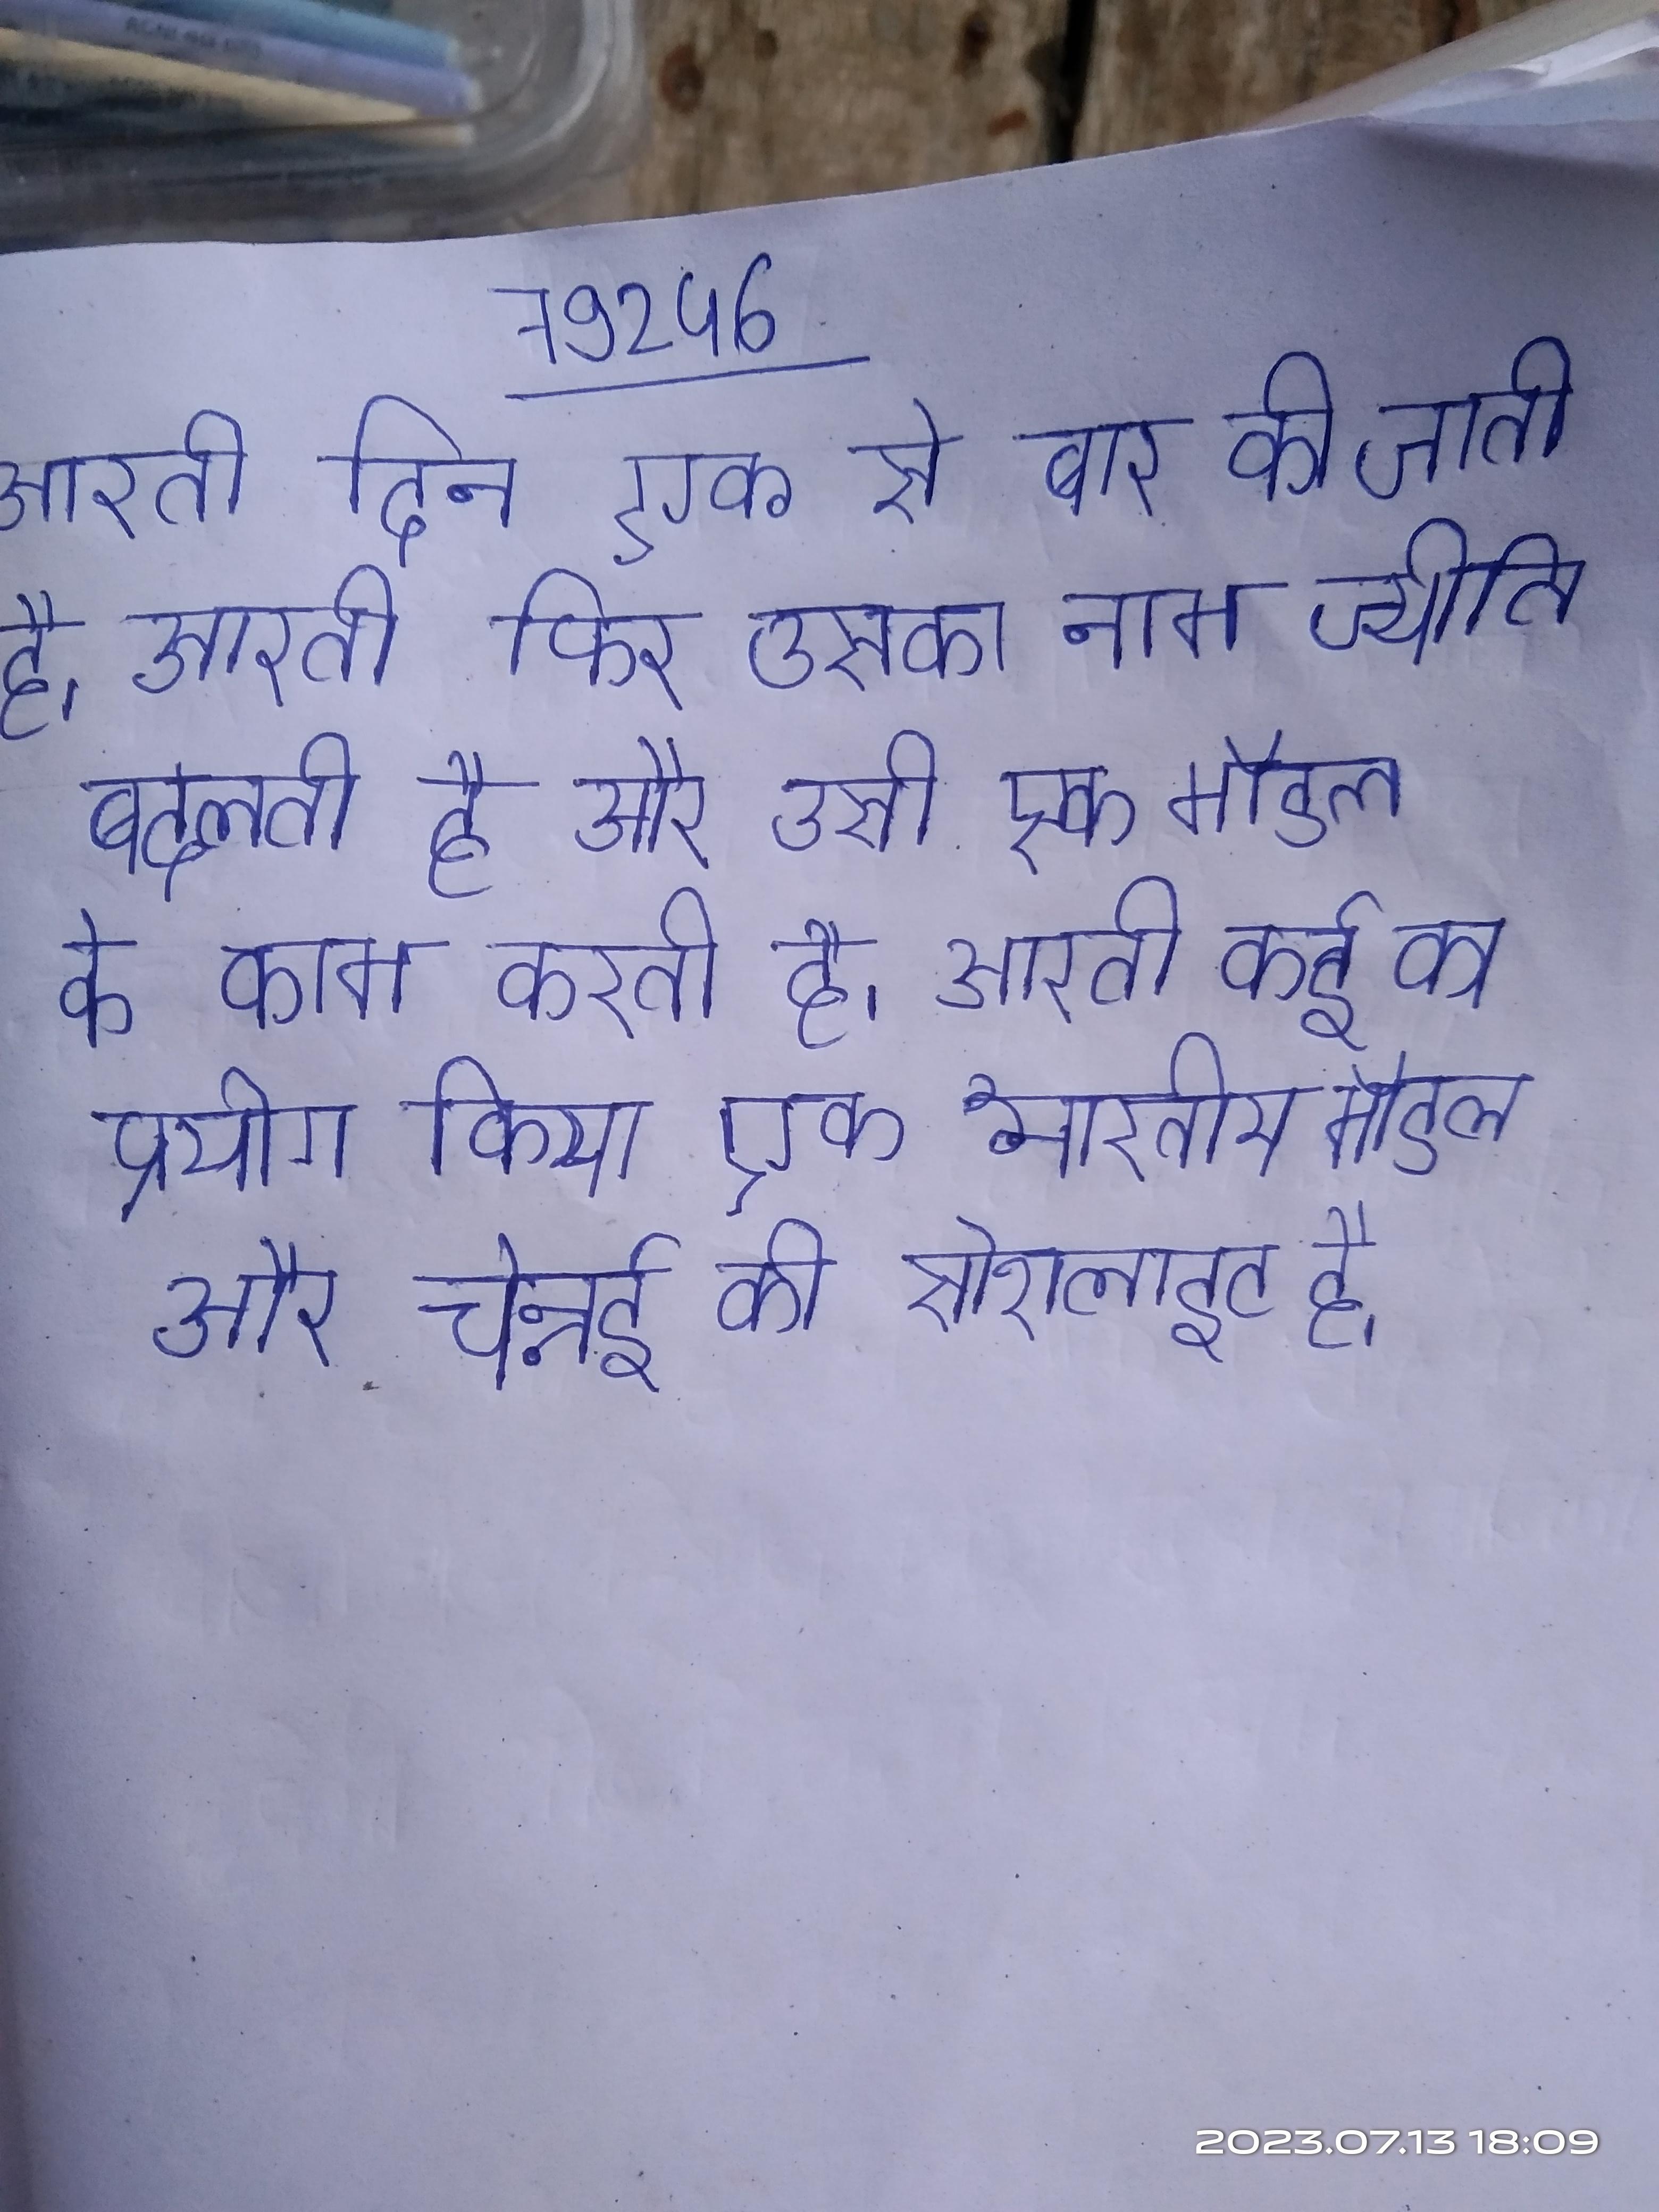
आरती दिन एक से बार की जाती है । आरती फिर उसका नाम ज्योति बदलती है और उसी एक मॉडल के रूप नौकरी पाती है भी काम करती है । आरती कई का प्रयोग किया जाता है । आरती एक भारतीय मॉडल और चेन्नई की सोशलाइट है ।